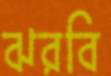
ঝরবি